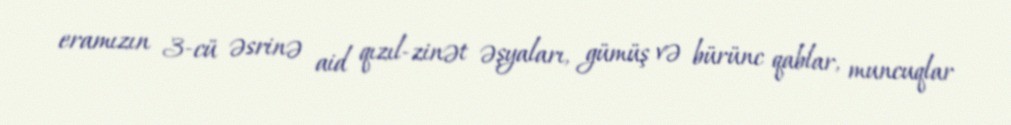
eramızın 3-cü əsrinə aid qızıl-zinət əşyaları, gümüş və bürünc qablar, muncuqlar